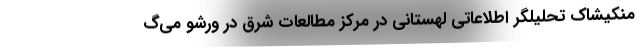
منکیشاک تحلیلگر اطلاعاتی لهستانی در مرکز مطالعات شرق در ورشو می‌گ